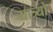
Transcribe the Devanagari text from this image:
यात्र्यों